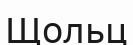
Щольц